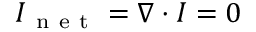
I _ { \mathrm { ~ n ~ e ~ t ~ } } = \nabla \cdot I = 0